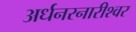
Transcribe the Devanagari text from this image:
अर्धनरनारीश्वर